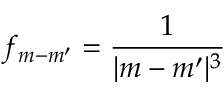
f _ { m - m ^ { \prime } } = \frac { 1 } { | m - m ^ { \prime } | ^ { 3 } }